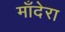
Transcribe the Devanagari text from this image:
माँदेरा